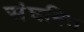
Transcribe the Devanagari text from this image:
संघमित्त